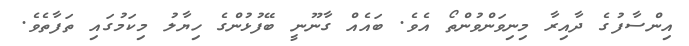
އިންސާފުގެ ދާއިރާ މިނިވަންވުންތޯ އެވެ. ބައެއް ގާނޫނީ ބޭފުޅުންގެ ހިޔާލު މިކަމުގައި ތަފާތެވެ.